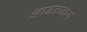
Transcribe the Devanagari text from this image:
आढळनारी